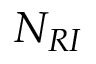
N _ { R I }